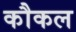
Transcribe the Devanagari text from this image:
कौकल